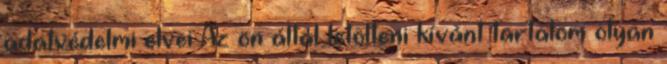
adatvédelmi elvei Az ön által letölteni kívánt tartalom olyan